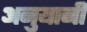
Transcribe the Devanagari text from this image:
अनुयानी